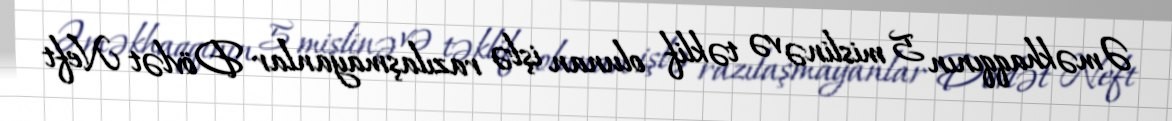
Əməkhaqqının 5 mislinə və təklif olunan işlə razılaşmayanlar Dövlət Neft